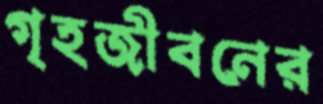
গৃহজীবনের